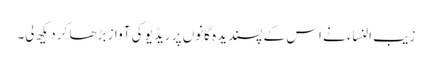
زیب النساء نے اس کے پسندیدہ گانوں پر ریڈیو کی آواز بڑھا کر دیکھ لی۔